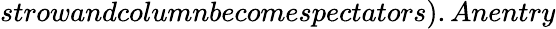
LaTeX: strowandcolumnbecomespectators).Anentry